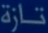
تارة